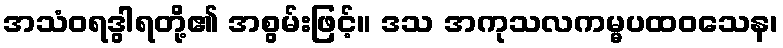
အသံဝရဒွါရတို့၏ အစွမ်းဖြင့်။ ဒသ အကုသလကမ္မပထဝသေန၊